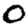
Digit: 0